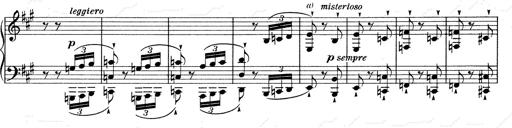
Title: Mephisto Waltz No.1
Composer: Franz Liszt